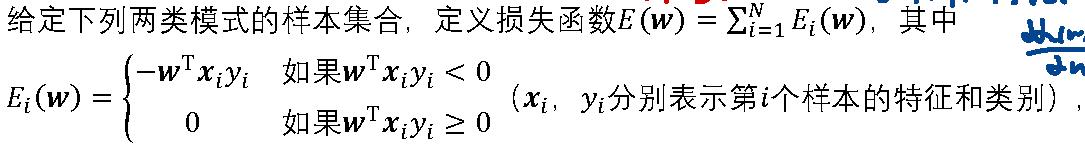
给定下列两类模式的样本集合，定义损失函数$E(\boldsymbol{w}) = \sum_{i = 1}^{N} E_i(\boldsymbol{w})$，其中
\[
E_i(\boldsymbol{w}) =
\begin{cases}
-\boldsymbol{w}^{\mathrm{T}} \boldsymbol{x}_i y_i & \text{如果 } \boldsymbol{w}^{\mathrm{T}} \boldsymbol{x}_i y_i < 0 \\
0 & \text{如果 } \boldsymbol{w}^{\mathrm{T}} \boldsymbol{x}_i y_i \geq 0
\end{cases}
\]
（$\boldsymbol{x}_i, y_i$分别表示第$i$个样本的特征和类别）.